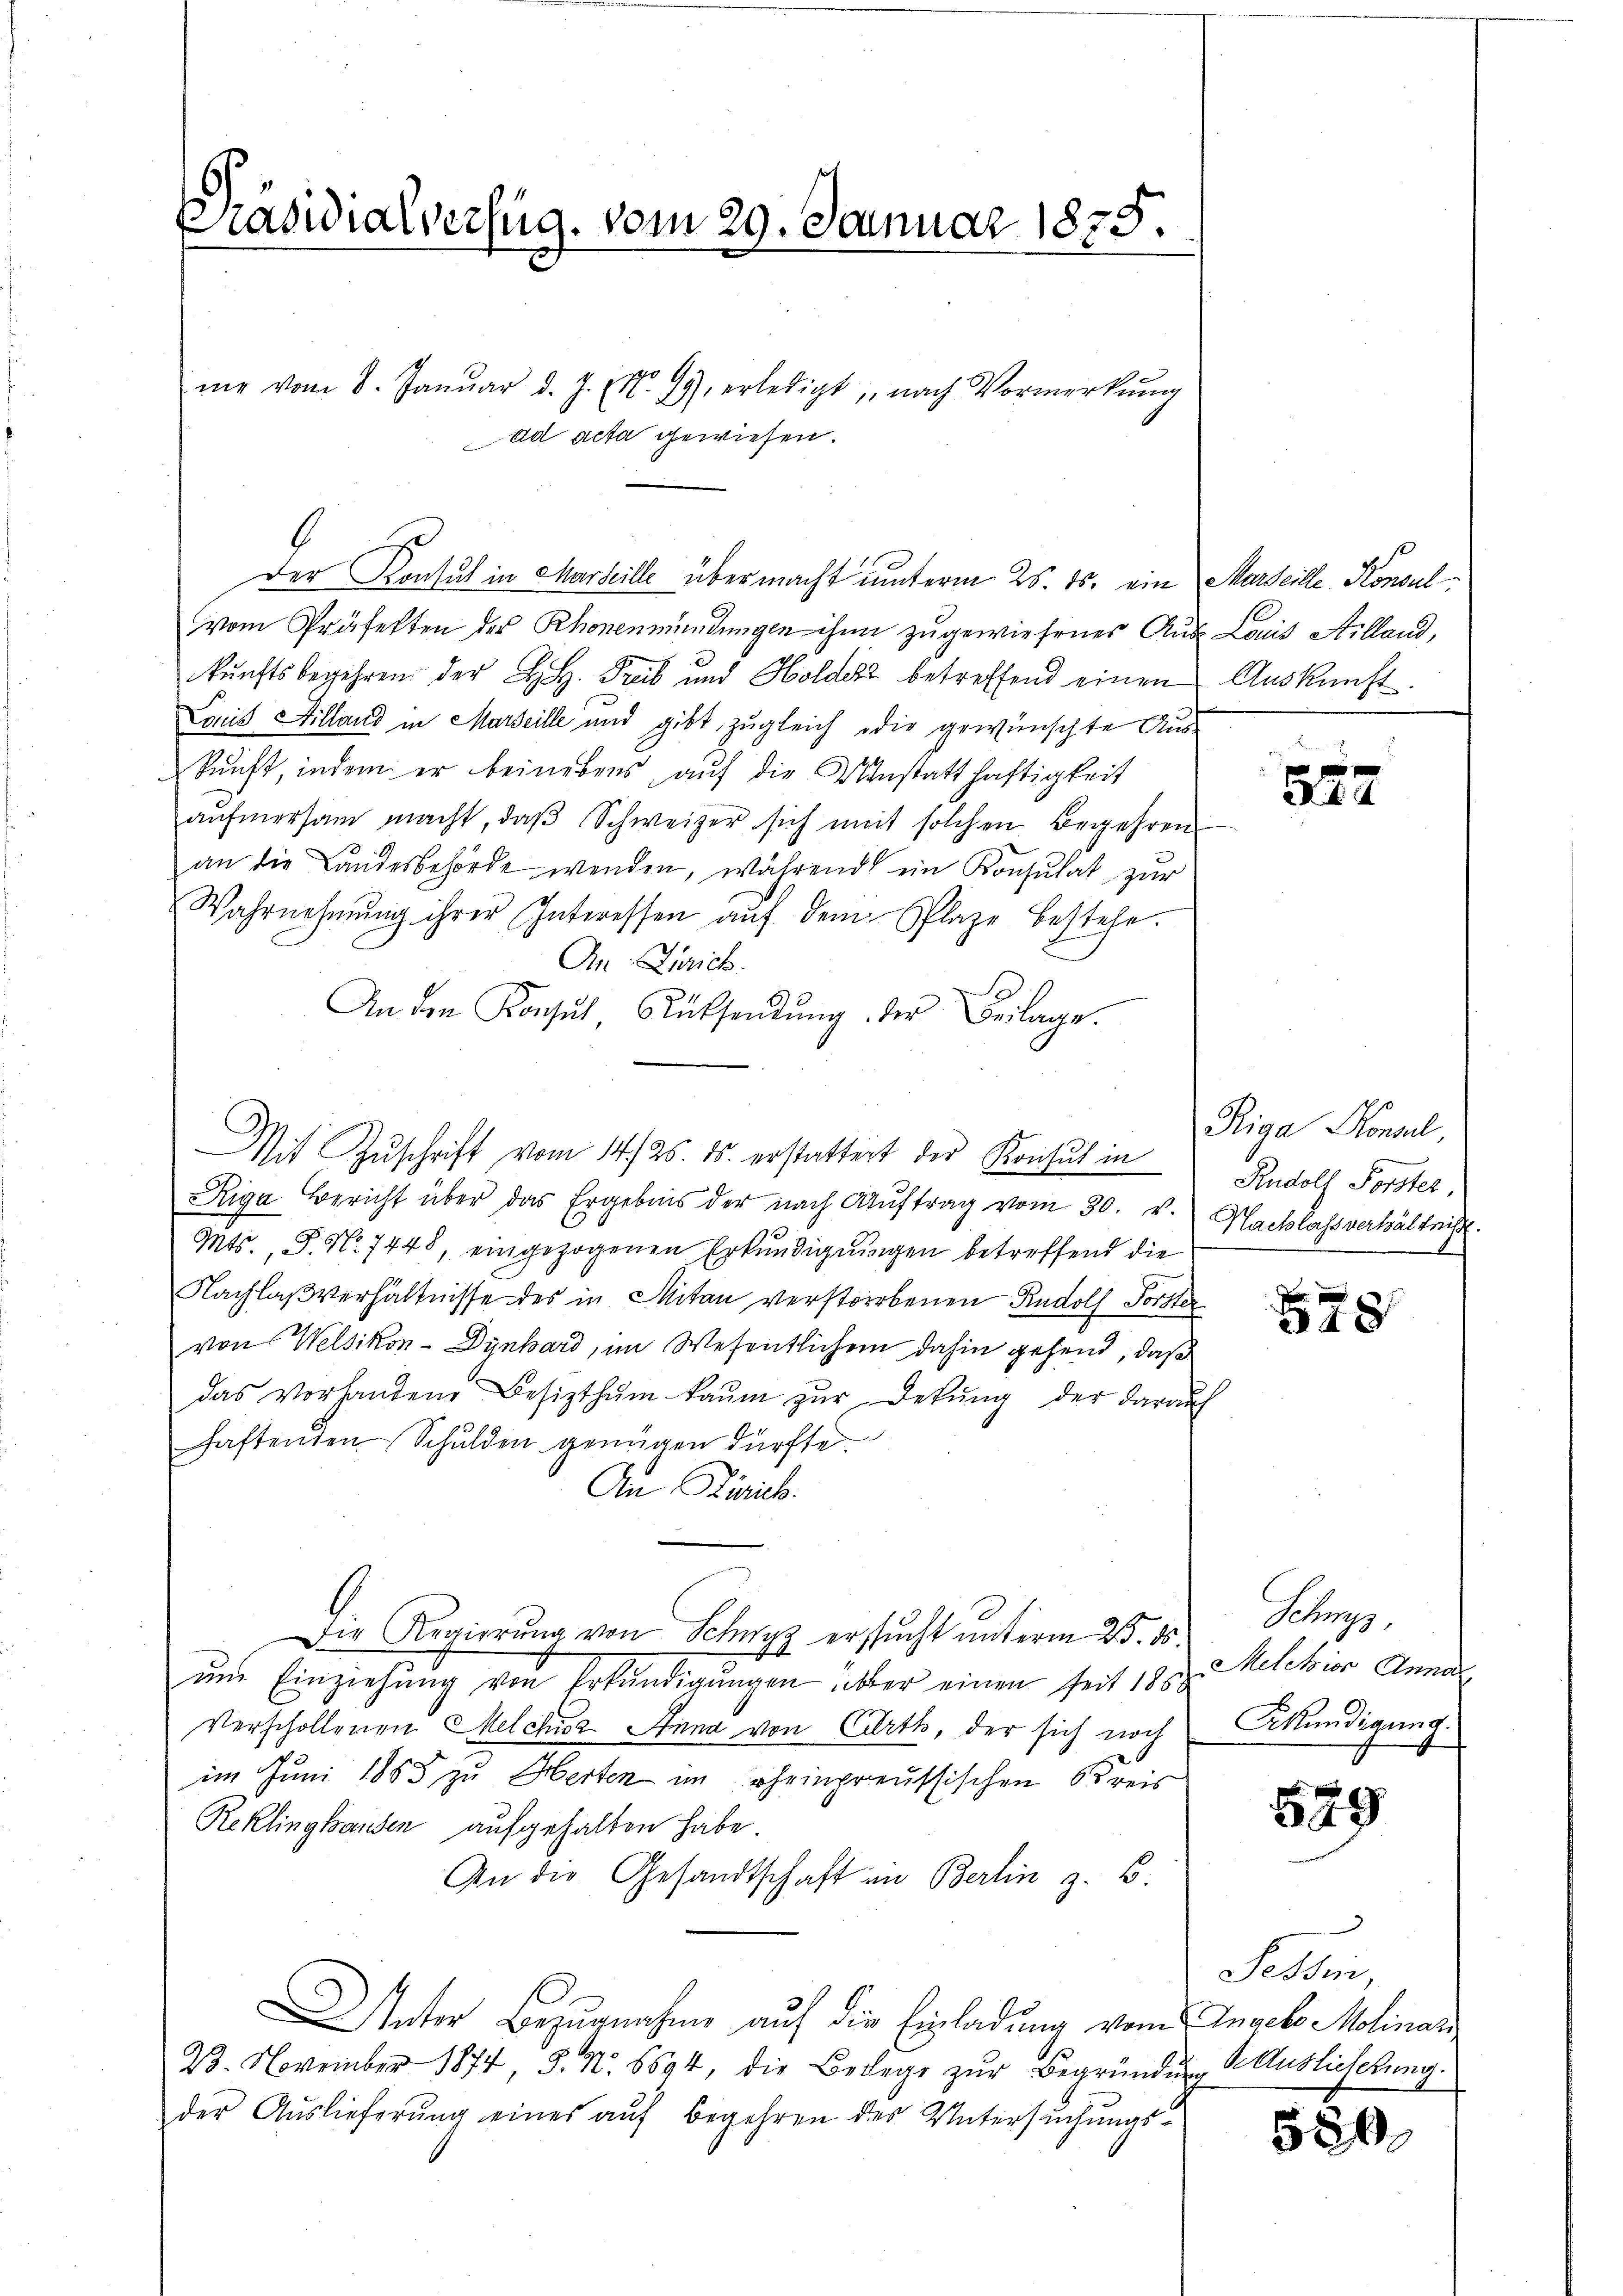
Präsidialverfüg, vom 29. Januar 1875.

8
der Konsul in Marseille übermacht unterm 25. ds. ein Marseille Konsul
vom Präfekten der Rhonenmündungen ihm zugewiesener Aus Louis Stilland,
kunftsbegehren der H. H. Treib und Holder betreffend einen
Louis Hilland in Marseille und gibt, zugleich oder gewünschte Auskunft, indem er beinebens auf die Unstatthaftigkeit
aŭfmersam macht, daβ Schweizer sich mit solchen Begehren
an die Landesbehörde wenden, während ein Konsulat zur
Wahrnehmung ihrer Interessen aŭf dem Plaze bestehe.
An Zürich.
An den Konsul Rücksendŭng der Beilage.
Mit Zŭschrift vom 14./25. ds. erstattert der Konsul in
Riga Bericht über das Ergebnis der nach Aŭftrag vom 30. v. Nachlassverhältnis.
Mts., S. Nr. 7448, eingezogenen Erkundigungen betreffend die
Nachlaßverhältnisse des in Mitan verstorbenen Rudolf Forster
von Welsikon-Dynhard, im Wesentlichem dahin gehend, daß
das vorhandene Besizthŭm kaŭm zŭr Dekŭng der darauf
haftenden Schulden genügen dürfte.
An Kinik.
Die Regierŭng von Schwyz ersŭcht unterm 25. ds.
ŭnd Einziehŭng von Erkŭndigŭngen über einen seit 1858
Verschollenen Melchior Stund von Carth, der sich noch
im Juni 1865 zu Herten im Rheinpreussischen Kreis
Reklinghausen aufgehalten habe.
An die Gesandtschaft in Berlin z. B.
Unter Bezugnahme auf die Einladung vom Angelo Molinari
23. November 1874 §. N. 6594, die Belege zŭr Begründung & Auslichtung.
der Auslieferung eines auf Begehren des Untersuchungs¬

me vom 8. Janŭar d. J. (N. 99 erledigt, nach Vormerkŭng
ad acta gewiesen.

Auskunft.

f
t

Riga Konsul,
Rudoll Forster,

528

Sehr
Melchior Anna
Akündigung.

549

Tessin,

580